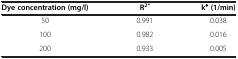
<table><thead><tr><td><b>Dye concentration (mg/l)</b></td><td><b>R<sup>2*</sup></b></td><td><b>k<sup>♦</sup>(1/min)</b></td></tr></thead><tbody><tr><td>50</td><td>0.991</td><td>0.038</td></tr><tr><td>100</td><td>0.982</td><td>0.016</td></tr><tr><td>200</td><td>0.933</td><td>0.005</td></tr></tbody></table>